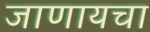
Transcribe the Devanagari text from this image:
जाणायचा